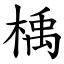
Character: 楀